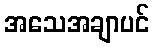
အသေအချာပင်